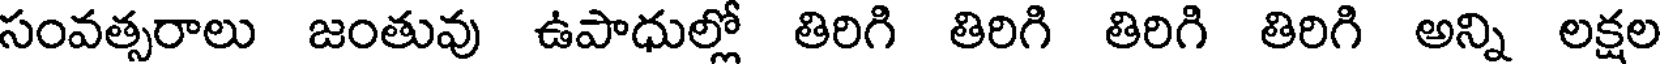
సంవత్సరాలు జంతువు ఉపాధుల్లో తిరిగి తిరిగి తిరిగి తిరిగి అన్ని లక్షల